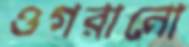
ওগরানো